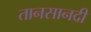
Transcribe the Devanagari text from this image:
तानसानदी